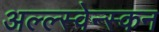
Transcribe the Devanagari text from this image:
अल्ल्स्वेन्स्कन